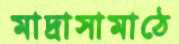
মাদ্রাসামাঠে